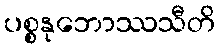
ပစ္စနုဘောဿသီတိ